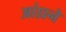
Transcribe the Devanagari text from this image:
आंध्रने